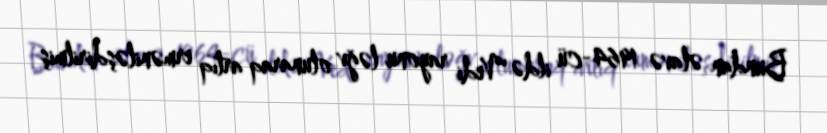
Bundan əlavə 1964-cü ildə Vedi rayonu ləğv olunaraq artıq erməniləşdirilmiş